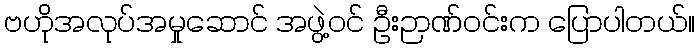
ဗဟိုအလုပ်အမှုဆောင် အဖွဲ့ဝင် ဦးဉာဏ်ဝင်းက ပြောပါတယ်။